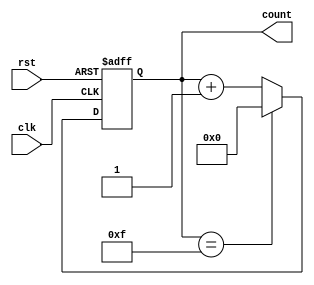
module up_counter_moore (
    input wire clk,      // Clock signal
    input wire rst,      // Asynchronous reset signal
    output reg [3:0] count // 4-bit output representing the current count value
);

// State transition logic
always @(posedge clk or posedge rst) begin
    if (rst) begin
        count <= 4'b0000; // Reset state to 0
    end else begin
        if (count == 4'b1111) begin
            count <= 4'b0000; // Wrap around to 0 after reaching 15
        end else begin
            count <= count + 1; // Increment the count
        end
    end
end

endmodule